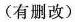
(有删改)